Trukikaitis_Postimees, lk 44
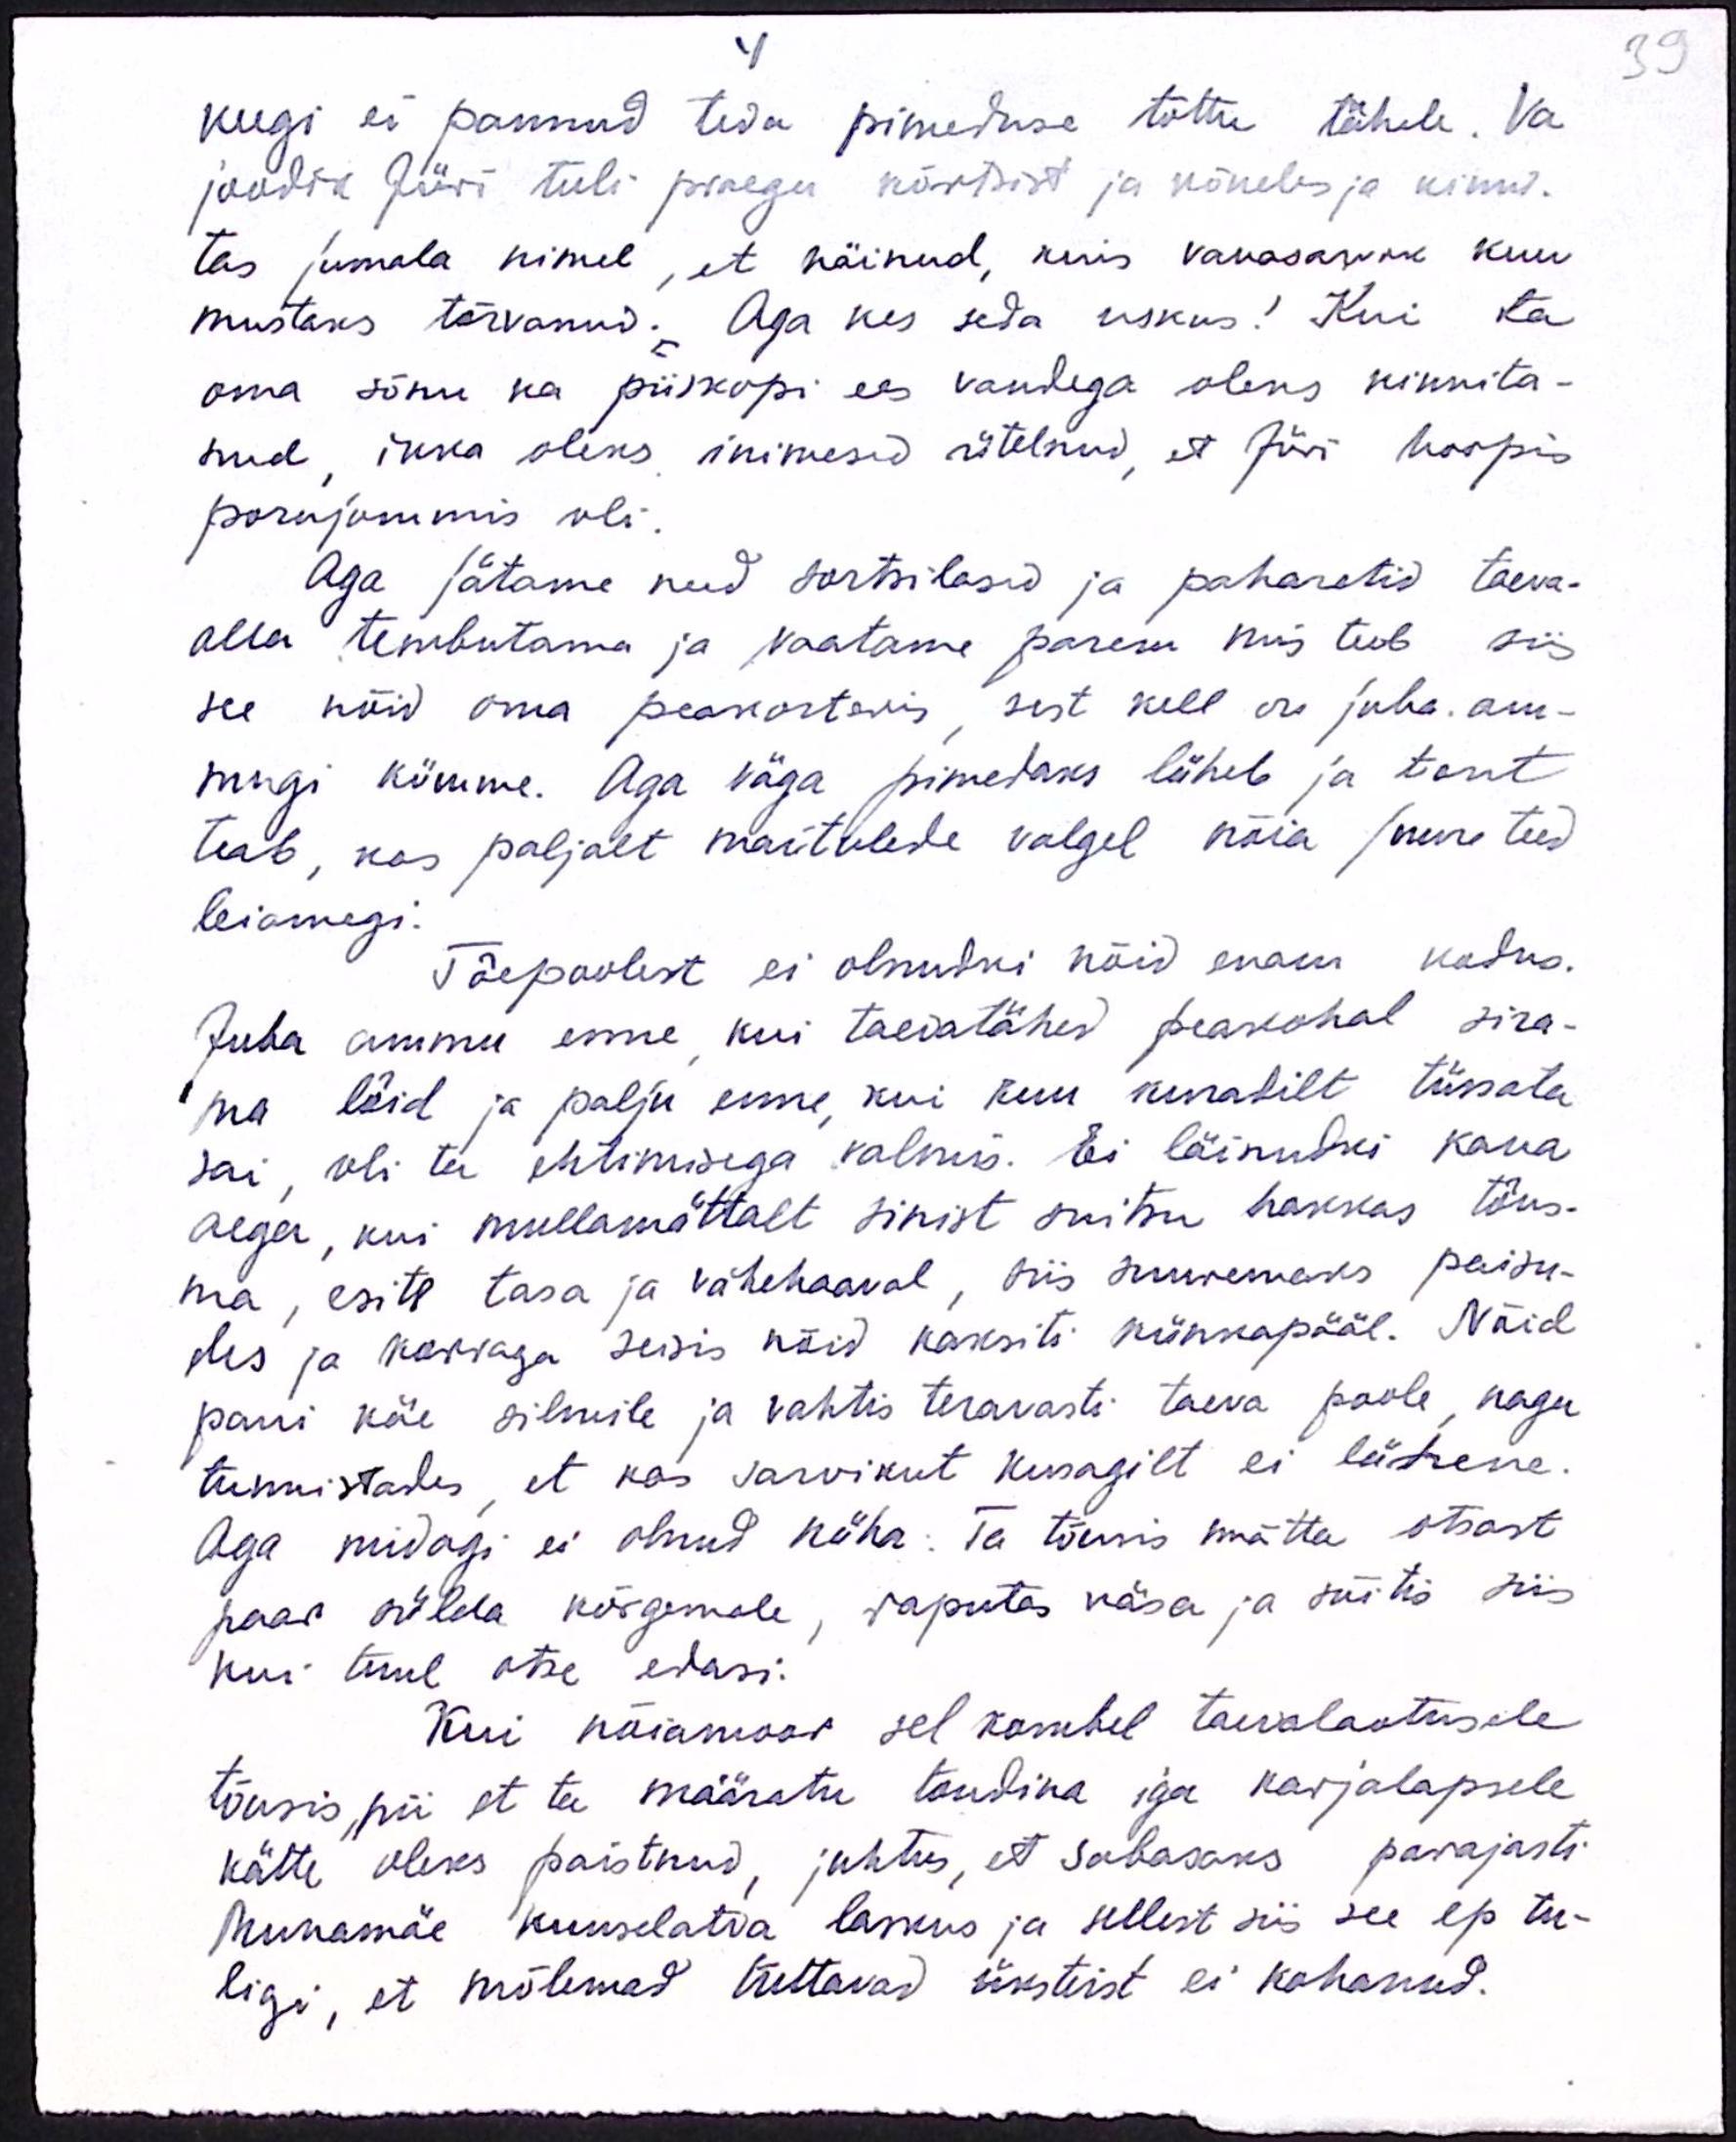
39

4
keegi ei pannud teda pimeduse tõttu tähele. Va
joodik Jüri tuli praegu kõrtsist ja kõneles ja kinni.
tas jumala nimel, et näinud, kuis vanasarvik kuu
mustaks tõrvanud. Aga kes seda uskus! Kui ta
oma sõnu ka piiskopi ees vandega oleks kinnita-
nud ikka oleks inimesid ütelnud, et Jüri hoopis
porujommis oli.
Aga jätame need sortsilasid ja paharetid taeva-
alla tembutama ja vaatame parem nii teeb siis
see nõid oma peakorteris, sest kell on juba. am-
mugi kümme. Aga väga pimedaks lüheb ja tont
teab, kas paljalt maitulede valgel nõia juure teed
leiamegi.
Tõepoolest ei olnudki nõid enam kodus.
Juba ammu enne kui taevatähed peakohal sira-
ma löid ja palju enne, kui kuu kuratilt tüssata
sai, oli ta ehtimisega valmis. Ei läinudki kaua
aega, kui mullamättalt sinist suitsu hakkas tõus-
ma, esite tasa ja vähehaaval, siis suuremaks paisu-
des ja korraga seisis nõid kaksiti künkapääl. Nõid
pani käe silmile ja vahtis teravasti taeva poole, nagu
tunnistades, et kas tarvikut kusagilt ei lähene.
Aga midagi ei olnud näha. Ta tõusis mätta otsast
paar sülda kõrgemale, raputas käsa ja sõitis siis
kui tuul otse edasi.
Kui nõiamoor sel kombel taevalaotusele
tõusis nii et ta määratu tondina iga karjalapsele
kätte oleks paistnud, juhtus, et sabasaks parajasti
Munamäe kuuulatva laskus ja sellest siis see ep tu-
ligi, et mõlemad tuttavad üksteist ei kohanud.